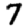
Digit: 7